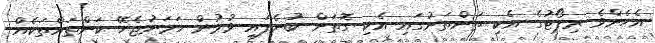
އެހެންވެ ރިޕޯޓުގެ އެކި ތަންތަނުގައި އެކި ގޮތަށް ބުނެފައި ވުމުން ހަމަނުޖެހޭ ކަންތައްތަކެއް